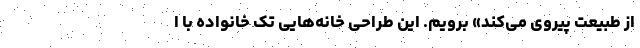
از طبیعت پیروی می‌کند» برویم. این طراحی خانه‌هایی تک خانواده با ا